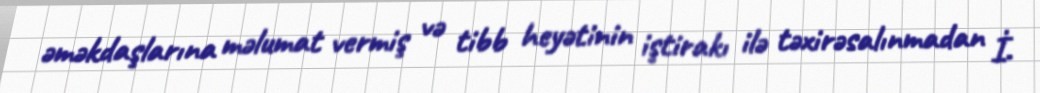
əməkdaşlarına məlumat vermiş və tibb heyətinin iştirakı ilə təxirəsalınmadan İ.